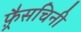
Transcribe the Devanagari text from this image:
फ़्रैसचिनी